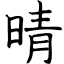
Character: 晴